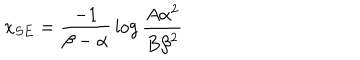
{ x _ { S E } = { \frac { - 1 } { \beta - \alpha } } \log { \frac { A { \alpha } ^ { 2 } } { B { \beta } ^ { 2 } } } }